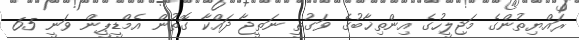
ރައްޔިތުންގެ މަޖިލީހުގެ އިންތިޚާބުގެ ވަގުތީ ނަތީޖާ ދައްކާ ގޮތުން އެމްޑީޕީން ވަނީ 65